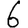
Digit: 6